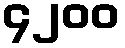
၄၂၀၀